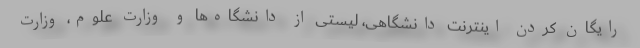
رایگان کردن اینترنت دانشگاهی، لیستی از دانشگاه‌ها و وزارت علوم، وزارت